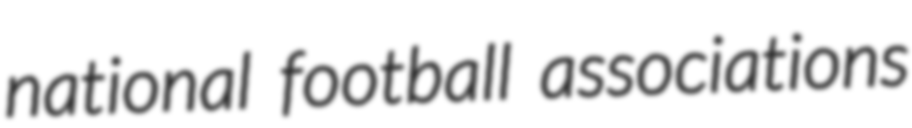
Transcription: national football associations